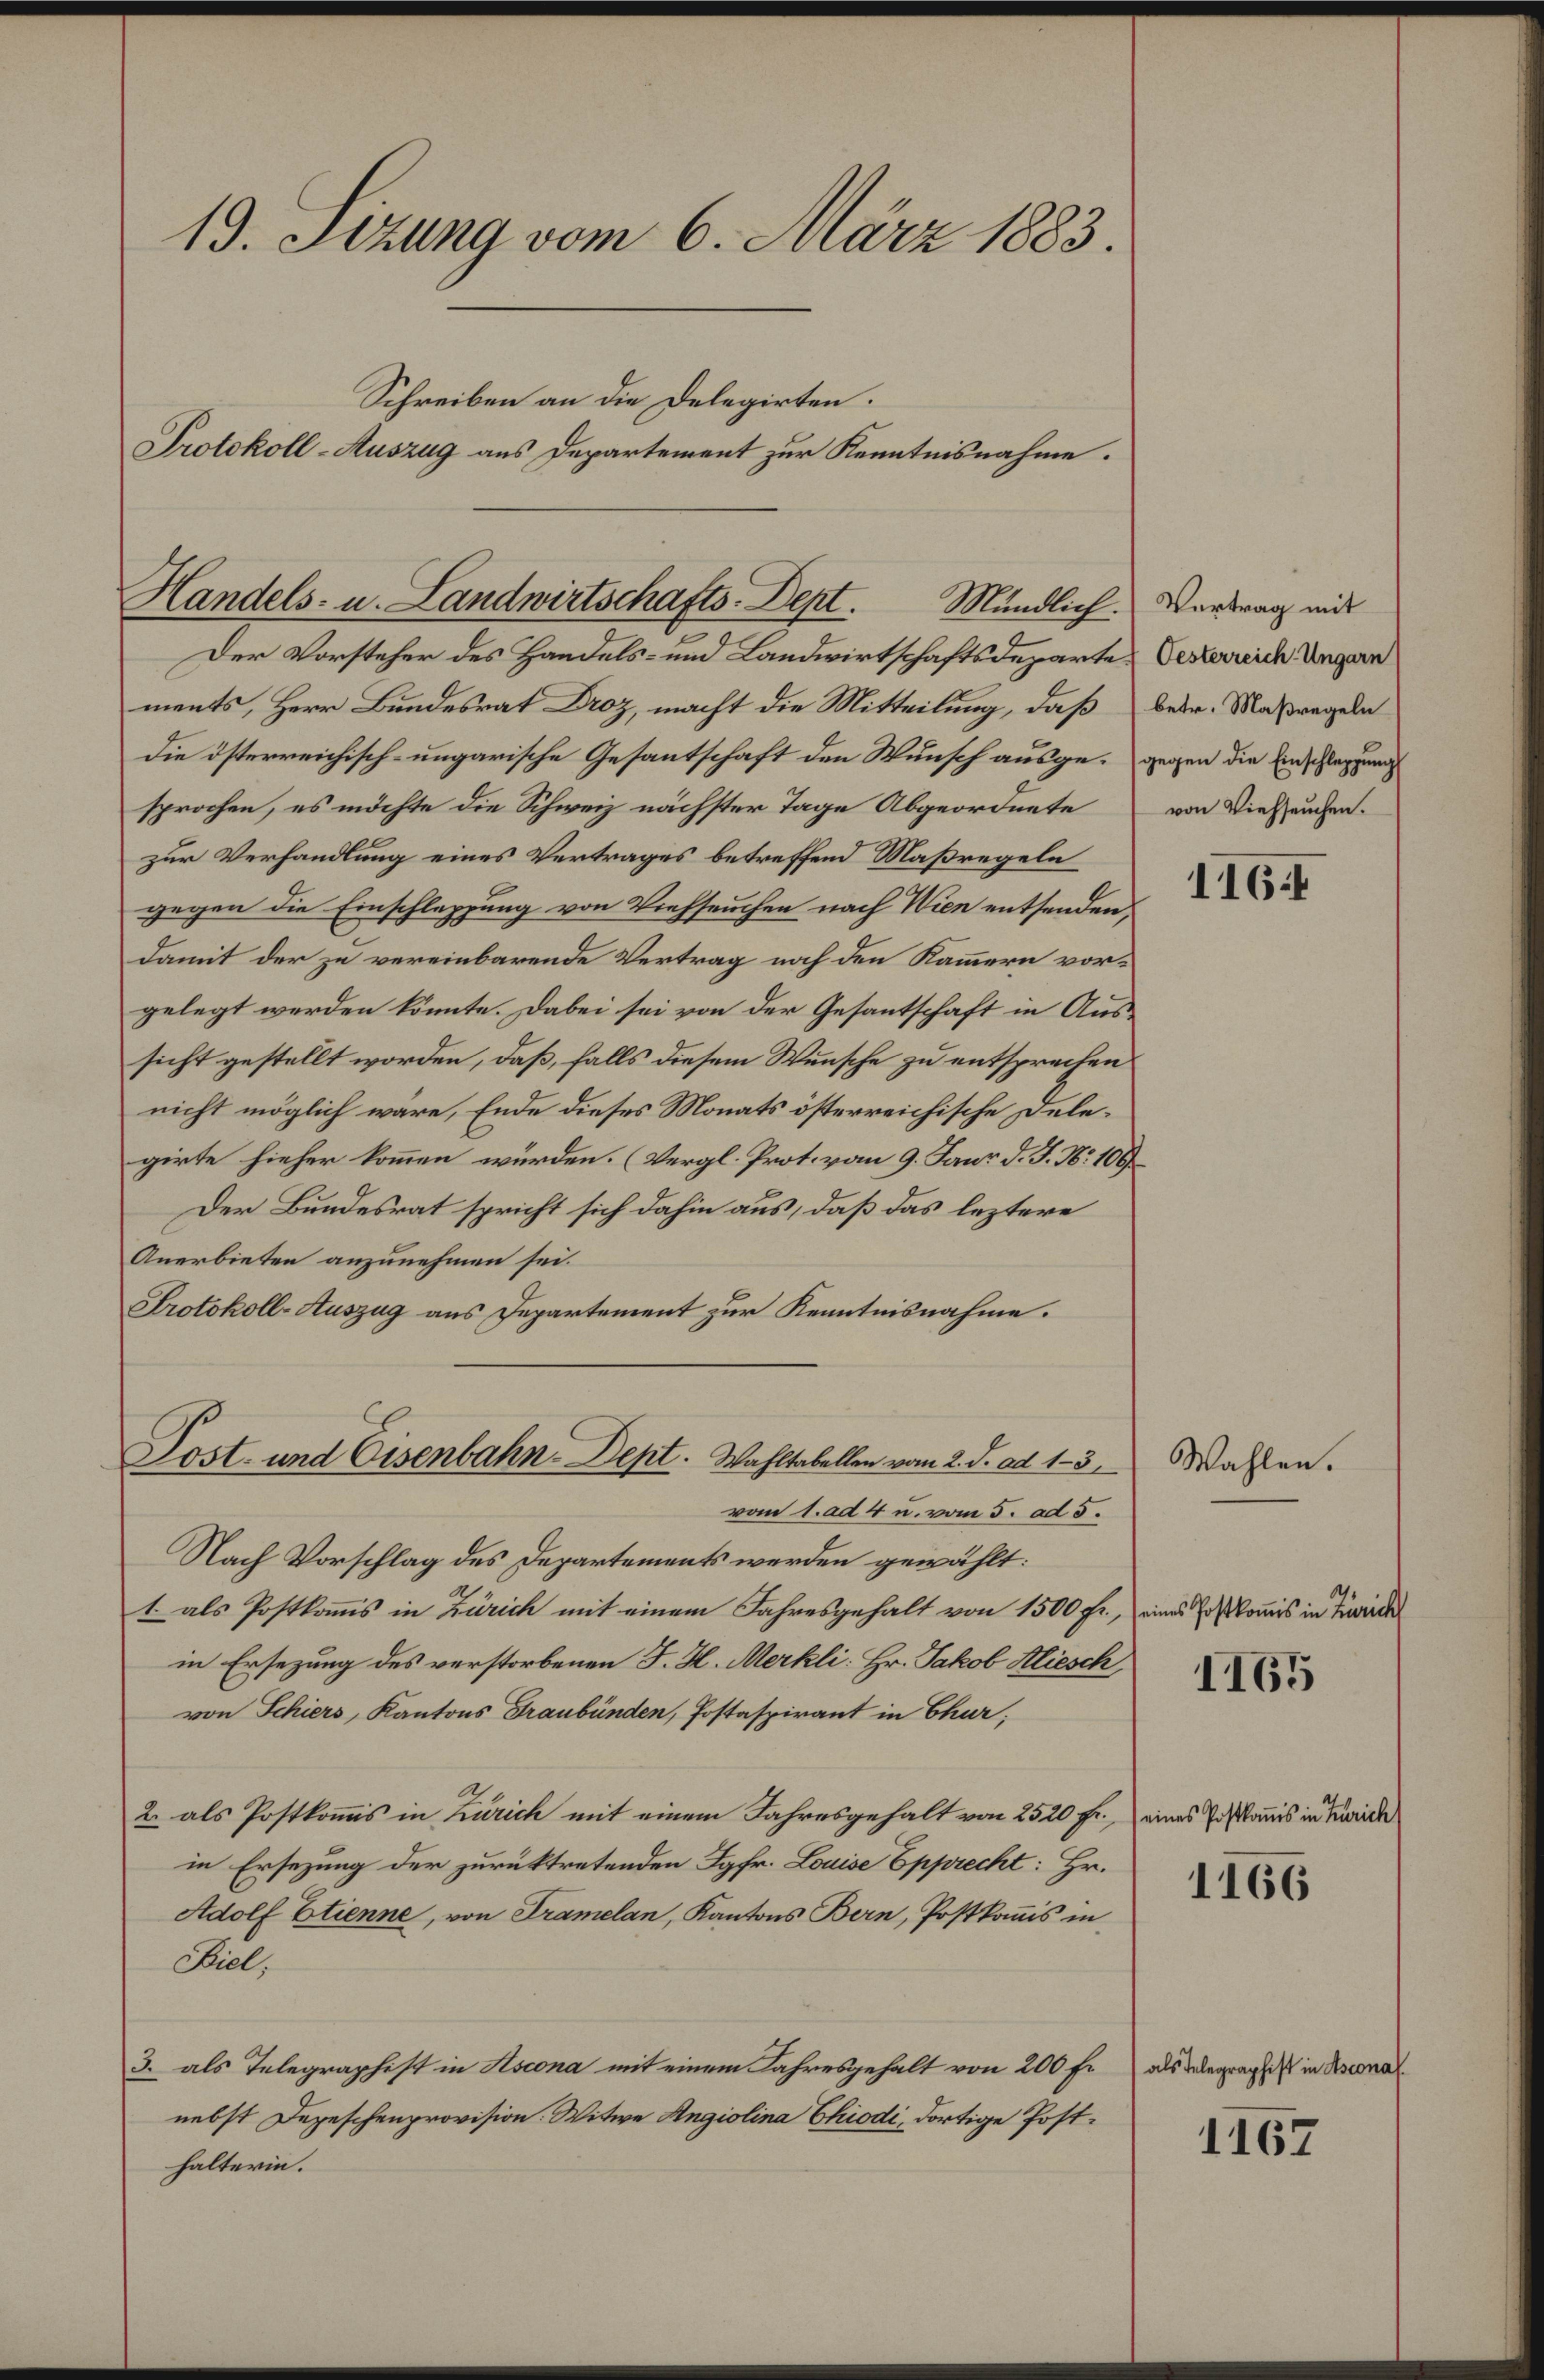
13. Sizung vom 6. März 1883.

Handels- u. Landwirtschafts-Dept. Mündlich. Vertrag mit

Der Vorsteher des Handels- und Landwirtschaftsdeparte Verterreich Ungarn
ments, Herr Bundesrat Droz, macht die Mitteilung, daß
die österreichisch-ungarische Gesantschaft den Wunsch ausge- gegen die Einschlegung
sprochen, es möchte die Schweiz nächster Tage Abgeordnete
zur Verhandlung eines Vertrages betreffend Maßregeln
gegen die Einschlappung von Viehseuchen nach Wien entsenden,
Damit der zu vereinbarende Vertrag noch den Kammern vorgelegt werden könnte. Dabei sei von der Gesantschaft in Aussicht gestellt worden, daß, falls diesem Wunsche zu entsprechen
nicht möglich wäre, Ende dieses Monats österreichische Delegirte hieher kommen würden. (Vergl. Prot. vom 9. Janr d. J. Nr. 100
Der Bundesrat spricht sich dahin aus, daß das leztere
Anerbieten anzunehmen sei.
Protokoll-Auszug aus Departement zur Kenntnisnahme.
Lost- und Eisenbahn-Dept. Wahltabellen vom 2. J. ad 1-3.
vom 1. ad 4 u. vom 5. ad 5.
Nach Vorschlag des Departements werden gewählt:
1. als Postkomis in Zürich mit einem Jahresgehalt von 1500 fr., eines Er kommis in Zuwide
in Ersezung des verstorbenen J. H. Merkli: Hr. Jakob Kliesch
von Schiers, Kantons Graubünden, Postaspirant in Chur;
2. als Postkomis in Zürich mit einem Jahresgehalt von 2520 fr., eines Posamis in Zürich
in Ersezung der zurücktretenden Jgfr. Louise Epprecht: Hr.
Adolf Etienne, von Tramelan, Kantons Bern, Postkomis in
Siel,
3. als Telegraphist in Ascona mit einem Jahresgehalt von 200 Fr
nebst Depeschenprovision. Witwe Angiolina Chiodi, dortige Posthalterin.

Schreiben an die Delegirten.
Protokoll-Auszug aus Departement zur Kenntnisnahme.

betr. Maßregeln
von Viehseuchen.

116.

Wahlen.

1165

1166

als Telegraphist in Ascona

1167